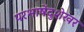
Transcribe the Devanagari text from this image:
परभाषेंदुशेखर